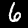
Digit: 6